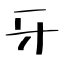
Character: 牙